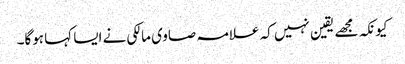
کیونکہ مجھے یقین نہیں کہ علامہ صاوی مالکی نے ایسا کہا ہوگا۔